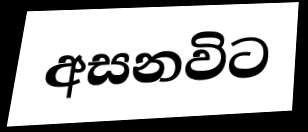
අසනවිට